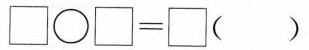
$$\Box \bigcirc \Box = \Box$$ （ ）